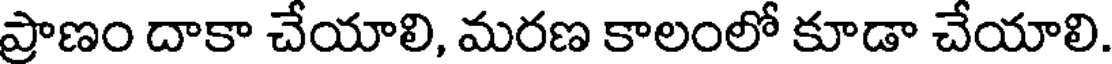
ప్రాణం దాకా చేయాలి, మరణ కాలంలో కూడా చేయాలి.